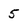
Character: 5